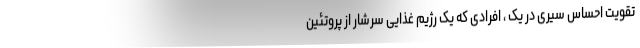
تقویت احساس سیری در یک ، افرادی که یک رژیم غذایی سرشار از پروتئین